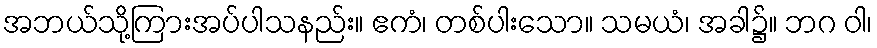
အဘယ်သို့ကြားအပ်ပါသနည်း။ ဧကံ၊ တစ်ပါးသော။ သမယံ၊ အခါ၌။ ဘဂ ဝါ၊